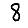
Digit: 8